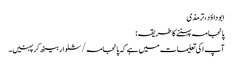
ابو داؤد، ترمذی
پائجامہ پہننے کا طریقہ:
آپ ا کی تعلیمات میں ہے کہ پائجامہ /شلوار بیٹھ کرپہنیں۔